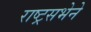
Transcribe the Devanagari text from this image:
राष्ट्रसभेने